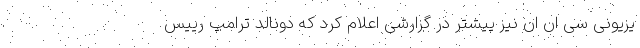
یزیونی سی ان ان نیز پیشتر در گزارشی اعلام کرد که دونالد ترامپ رییس